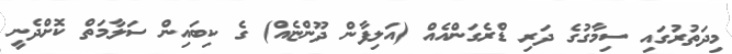
މިދަތުރުގައި ސިމާގުގެ ދަރި ޑްރެގަންއެއް (އަލިފާން ދޫންޏެއް) ގެ ކިބައިން ސަލާމަތް ކޮށްދެނީ